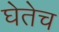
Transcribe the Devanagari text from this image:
घेतेच